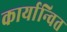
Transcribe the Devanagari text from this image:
कार्यान्‍वित